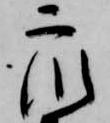
衆